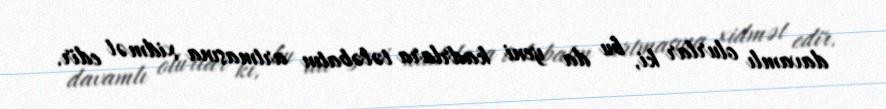
davamlı olurlar ki, bu da yeni kadrlara tələbatın artmasına xidmət edir.